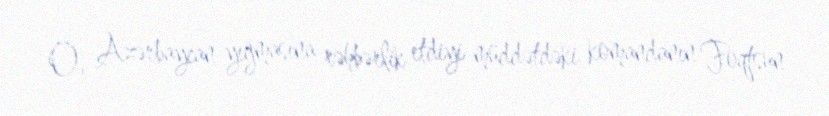
O, Azərbaycan yığmasına rəhbərlik etdiyi müddətdəki komandanın Foqtsun